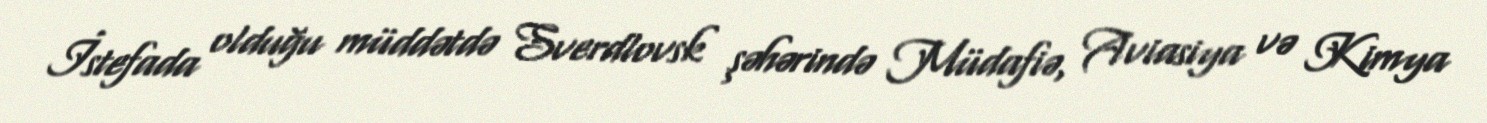
İstefada olduğu müddətdə Sverdlovsk şəhərində Müdafiə, Aviasiya və Kimya